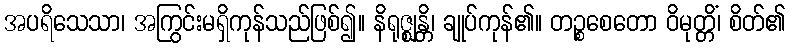
အပရိသေသာ၊ အကြွင်းမရှိကုန်သည်ဖြစ်၍။ နိရုဇ္ဈန္တိ၊ ချုပ်ကုန်၏။ တဉ္စစေတော ဝိမုတ္တိံ၊ စိတ်၏